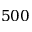
5 0 0